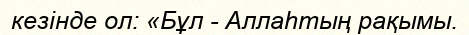
кезінде ол: «Бұл - Аллаһтың рақымы.